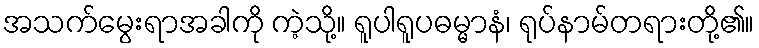
အသက်မွေးရာအခါကို ကဲ့သို့။ ရူပါရူပဓမ္မာနံ၊ ရုပ်နာမ်တရားတို့၏။